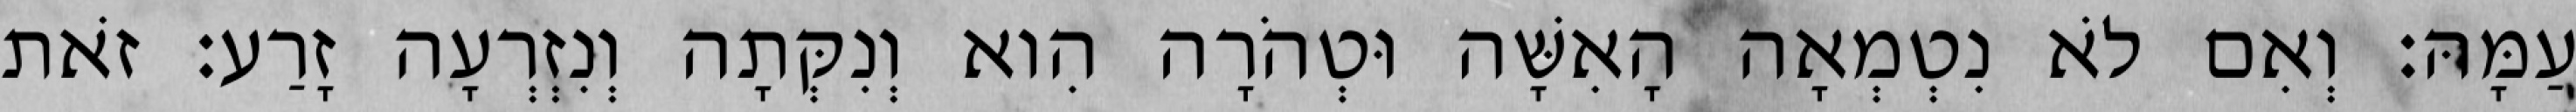
עַמָּהּ׃ וְאִם לֹא נִטְמְאָה הָאִשָּׁה וּטְהֹרָה הִוא וְנִקְּתָה וְנִזְרְעָה זָרַע׃ זֹאת